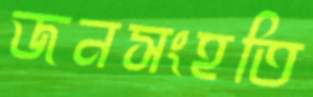
জনসংহতি